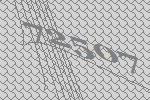
72507